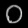
Digit: ၀